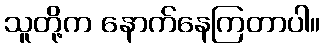
သူတို့က နောက်နေကြတာပါ။